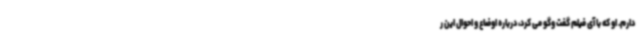
دارم. او که با آی فیلم گفت وگو می کرد، درباره اوضاع و احوال این ر